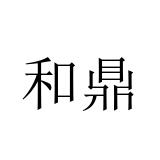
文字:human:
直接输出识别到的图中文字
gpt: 和鼎